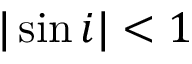
| \sin i | < 1